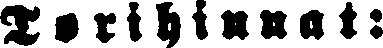
Torihinnat: